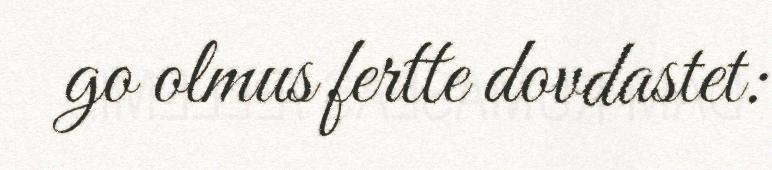
go olmus fertte dovdastet: